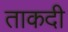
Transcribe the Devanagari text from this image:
ताकदी